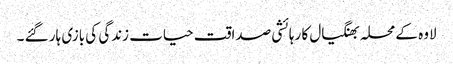
لاوہ کے محلہ بھنگیال کا رہائشی صداقت حیات زندگی کی بازی ہار گئے ۔